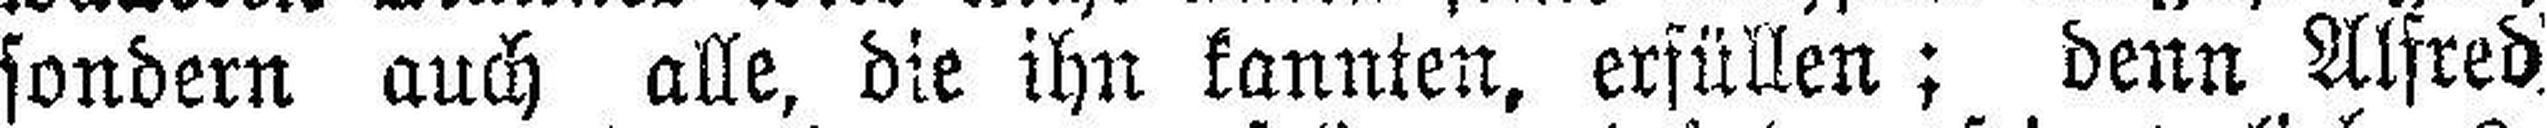
sondern auch alle, die ihn kannten, erfüllen; denn Alfred